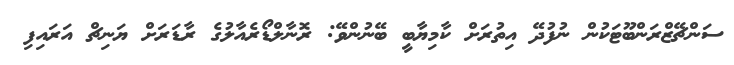
ސަންޗޭޒްރަންބޫޓަކުން ނުފުދޭ އިތުރަށް ކާމިޔާބީ ބޭނުންވޭ: ރޮނާލްޑޯރެއާލުގެ ރާޑަރަށް ޔަނިޗް އަރައިފި